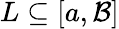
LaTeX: L\subseteq[a,\mathcal{B}]